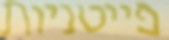
פייטניות